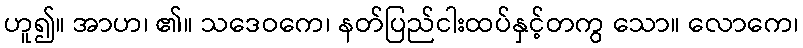
ဟူ၍။ အာဟ၊ ၏။ သဒေဝကေ၊ နတ်ပြည်ငါးထပ်နှင့်တကွ သော။ လောကေ၊